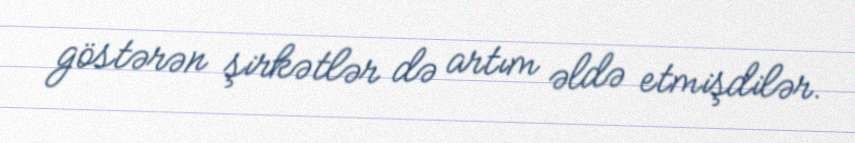
göstərən şirkətlər də artım əldə etmişdilər.